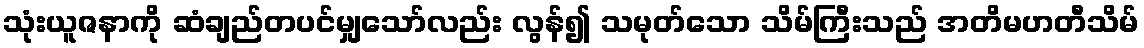
သုံးယူဇနာကို ဆံချည်တပင်မျှသော်လည်း လွန်၍ သမုတ်သော သိမ်ကြီးသည် အတိမဟတီသိမ်